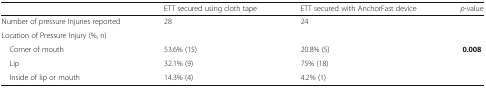
|  | ETT secured using cloth tape | ETT secured with AnchorFast device | p-value |
 | --- | --- | --- | --- |
 | Number of pressure Injuries reported | 28 | 24 |  |
 | <COLSPAN=4> Location of Pressure Injury (%, n) |
 | Corner of mouth | 53.6% (15) | 20.8% (5) | <ROWSPAN=3> 0.008 |
 | Lip | 32.1% (9) | 75% (18) |
 | Inside of lip or mouth | 14.3% (4) | 4.2% (1) |